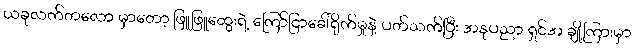
ယခုလက်တလော မှာတော့ ဖြူဖြူထွေးရဲ့ ကြော်ငြာခေါ်ရိုက်မှုနဲ့ ပတ်သက်ပြီး အနုပညာ ရှင်အ ချို့ကြားမှာ